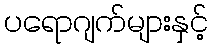
ပရောဂျက်များနှင့်